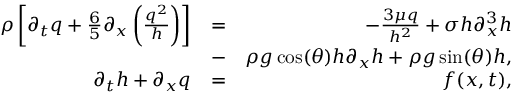
\begin{array} { r l r } { \rho \left[ \partial _ { t } q + \frac { 6 } { 5 } \partial _ { x } \left( \frac { q ^ { 2 } } { h } \right) \right] } & { = } & { - \frac { 3 \mu q } { h ^ { 2 } } + \sigma h \partial _ { x } ^ { 3 } h } \\ & { - } & { \rho g \cos ( \theta ) h \partial _ { x } h + \rho g \sin ( \theta ) h , } \\ { \partial _ { t } h + \partial _ { x } q } & { = } & { f ( x , t ) , } \end{array}